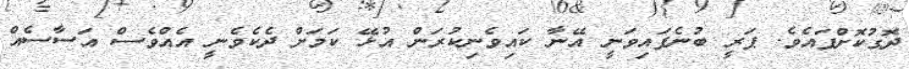
ދޮގުކޮށްފައެވެ. ޕަރީ ބުނެފައިވަނީ އޭނާ ކައިވެނިކުރަން އުޅޭ ކަމަށް ދެކެވެނީ އެއްވެސް އަސާސެއް